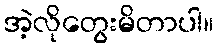
အဲ့လိုတွေးမိတာပါ။